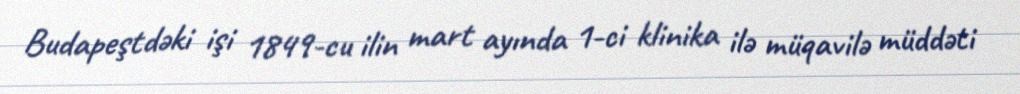
Budapeştdəki işi 1849-cu ilin mart ayında 1-ci klinika ilə müqavilə müddəti